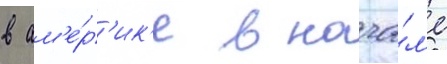
в ам'е́р'ик'е в нача́л'е